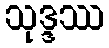
သုဒ္ဒဿ